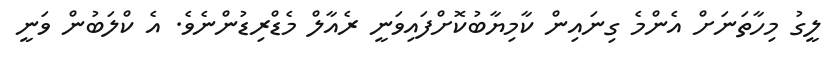
ލީގު މިހާތަނަށް އެންމެ ގިނައިން ކާމިޔާބުކޮށްފައިވަނީ ރެއާލް މެޑްރިޑުންނެވެ. އެ ކްލަބުން ވަނީ